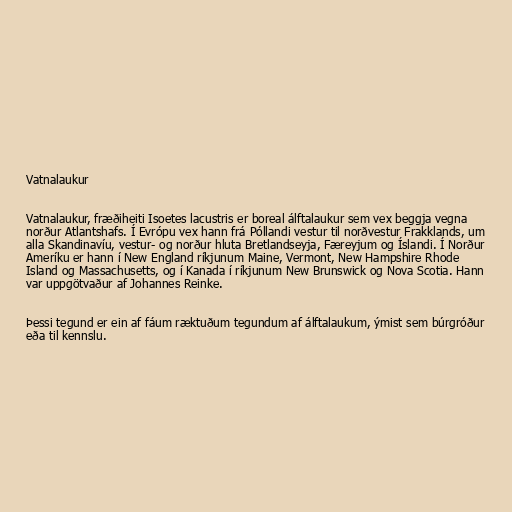
Vatnalaukur

Vatnalaukur, fræðiheiti Isoetes lacustris er boreal álftalaukur sem vex beggja vegna
norður Atlantshafs. Í Evrópu vex hann frá Póllandi vestur til norðvestur Frakklands, um
alla Skandinavíu, vestur- og norður hluta Bretlandseyja, Færeyjum og Íslandi. Í Norður
Ameríku er hann í New England ríkjunum Maine, Vermont, New Hampshire Rhode
Island og Massachusetts, og í Kanada í ríkjunum New Brunswick og Nova Scotia. Hann
var uppgötvaður af Johannes Reinke.

Þessi tegund er ein af fáum ræktuðum tegundum af álftalaukum, ýmist sem búrgróður
eða til kennslu.